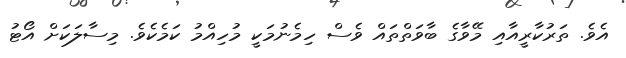
އެވެ. ތަރުކާރީއާއި މޭވާގެ ބާވަތްތައް ވެސް ހިމެނުމަކީ މުހިއްމު ކަމެކެވެ. މިސާލަކަށް އޯޓު